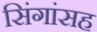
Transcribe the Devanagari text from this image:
सिंगांसह